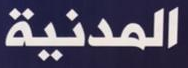
المدنية